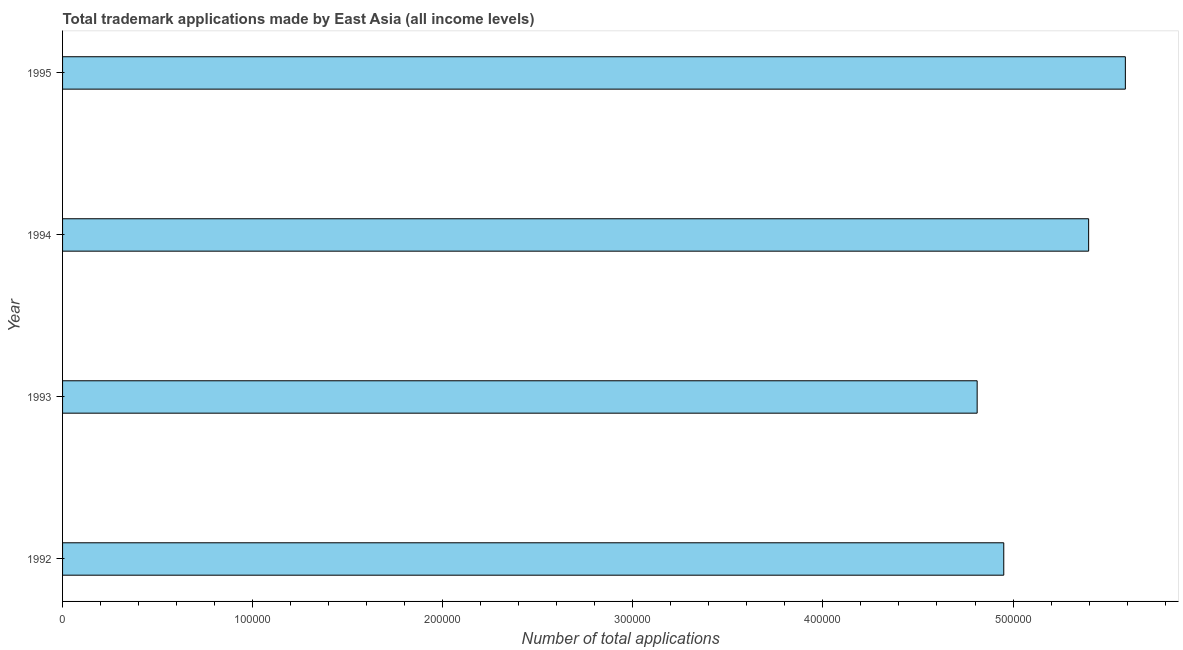
| Year | Trademark applications |
 | --- | --- |
 | 1992 | 4.95e+05 |
 | 1993 | 4.81e+05 |
 | 1994 | 5.4e+05 |
 | 1995 | 5.59e+05 |